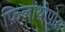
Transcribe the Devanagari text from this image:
फ़िलांथ्रोपोस